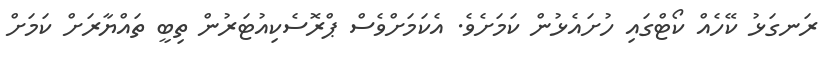
ރަނގަޅު ކޭހެއް ކޯޓްގައި ހުށައެޅުން ކަމަށެވެ. އެކަމަށްވެސް ޕްރޮސެކިއުޓަރުން ތިބީ ތައްޔާރަށް ކަމަށް